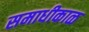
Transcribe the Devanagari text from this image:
समाधीकाळ